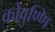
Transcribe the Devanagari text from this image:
कोवुण्णि